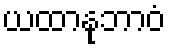
ယထာနုဘာဝံ